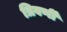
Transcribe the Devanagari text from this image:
त्रिवर्णी